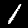
Digit: 1